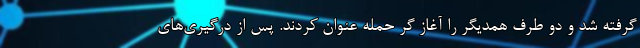
گرفته شد و دو طرف همدیگر را آغاز گر حمله عنوان کردند. پس از درگیری‌های